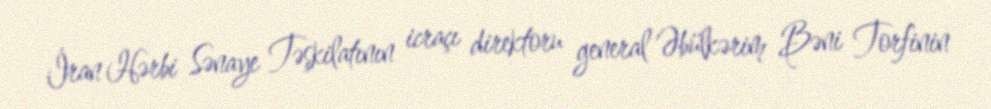
İran Hərbi Sənaye Təşkilatının icraçı direktoru general Əbülkərim Bəni Torfinin